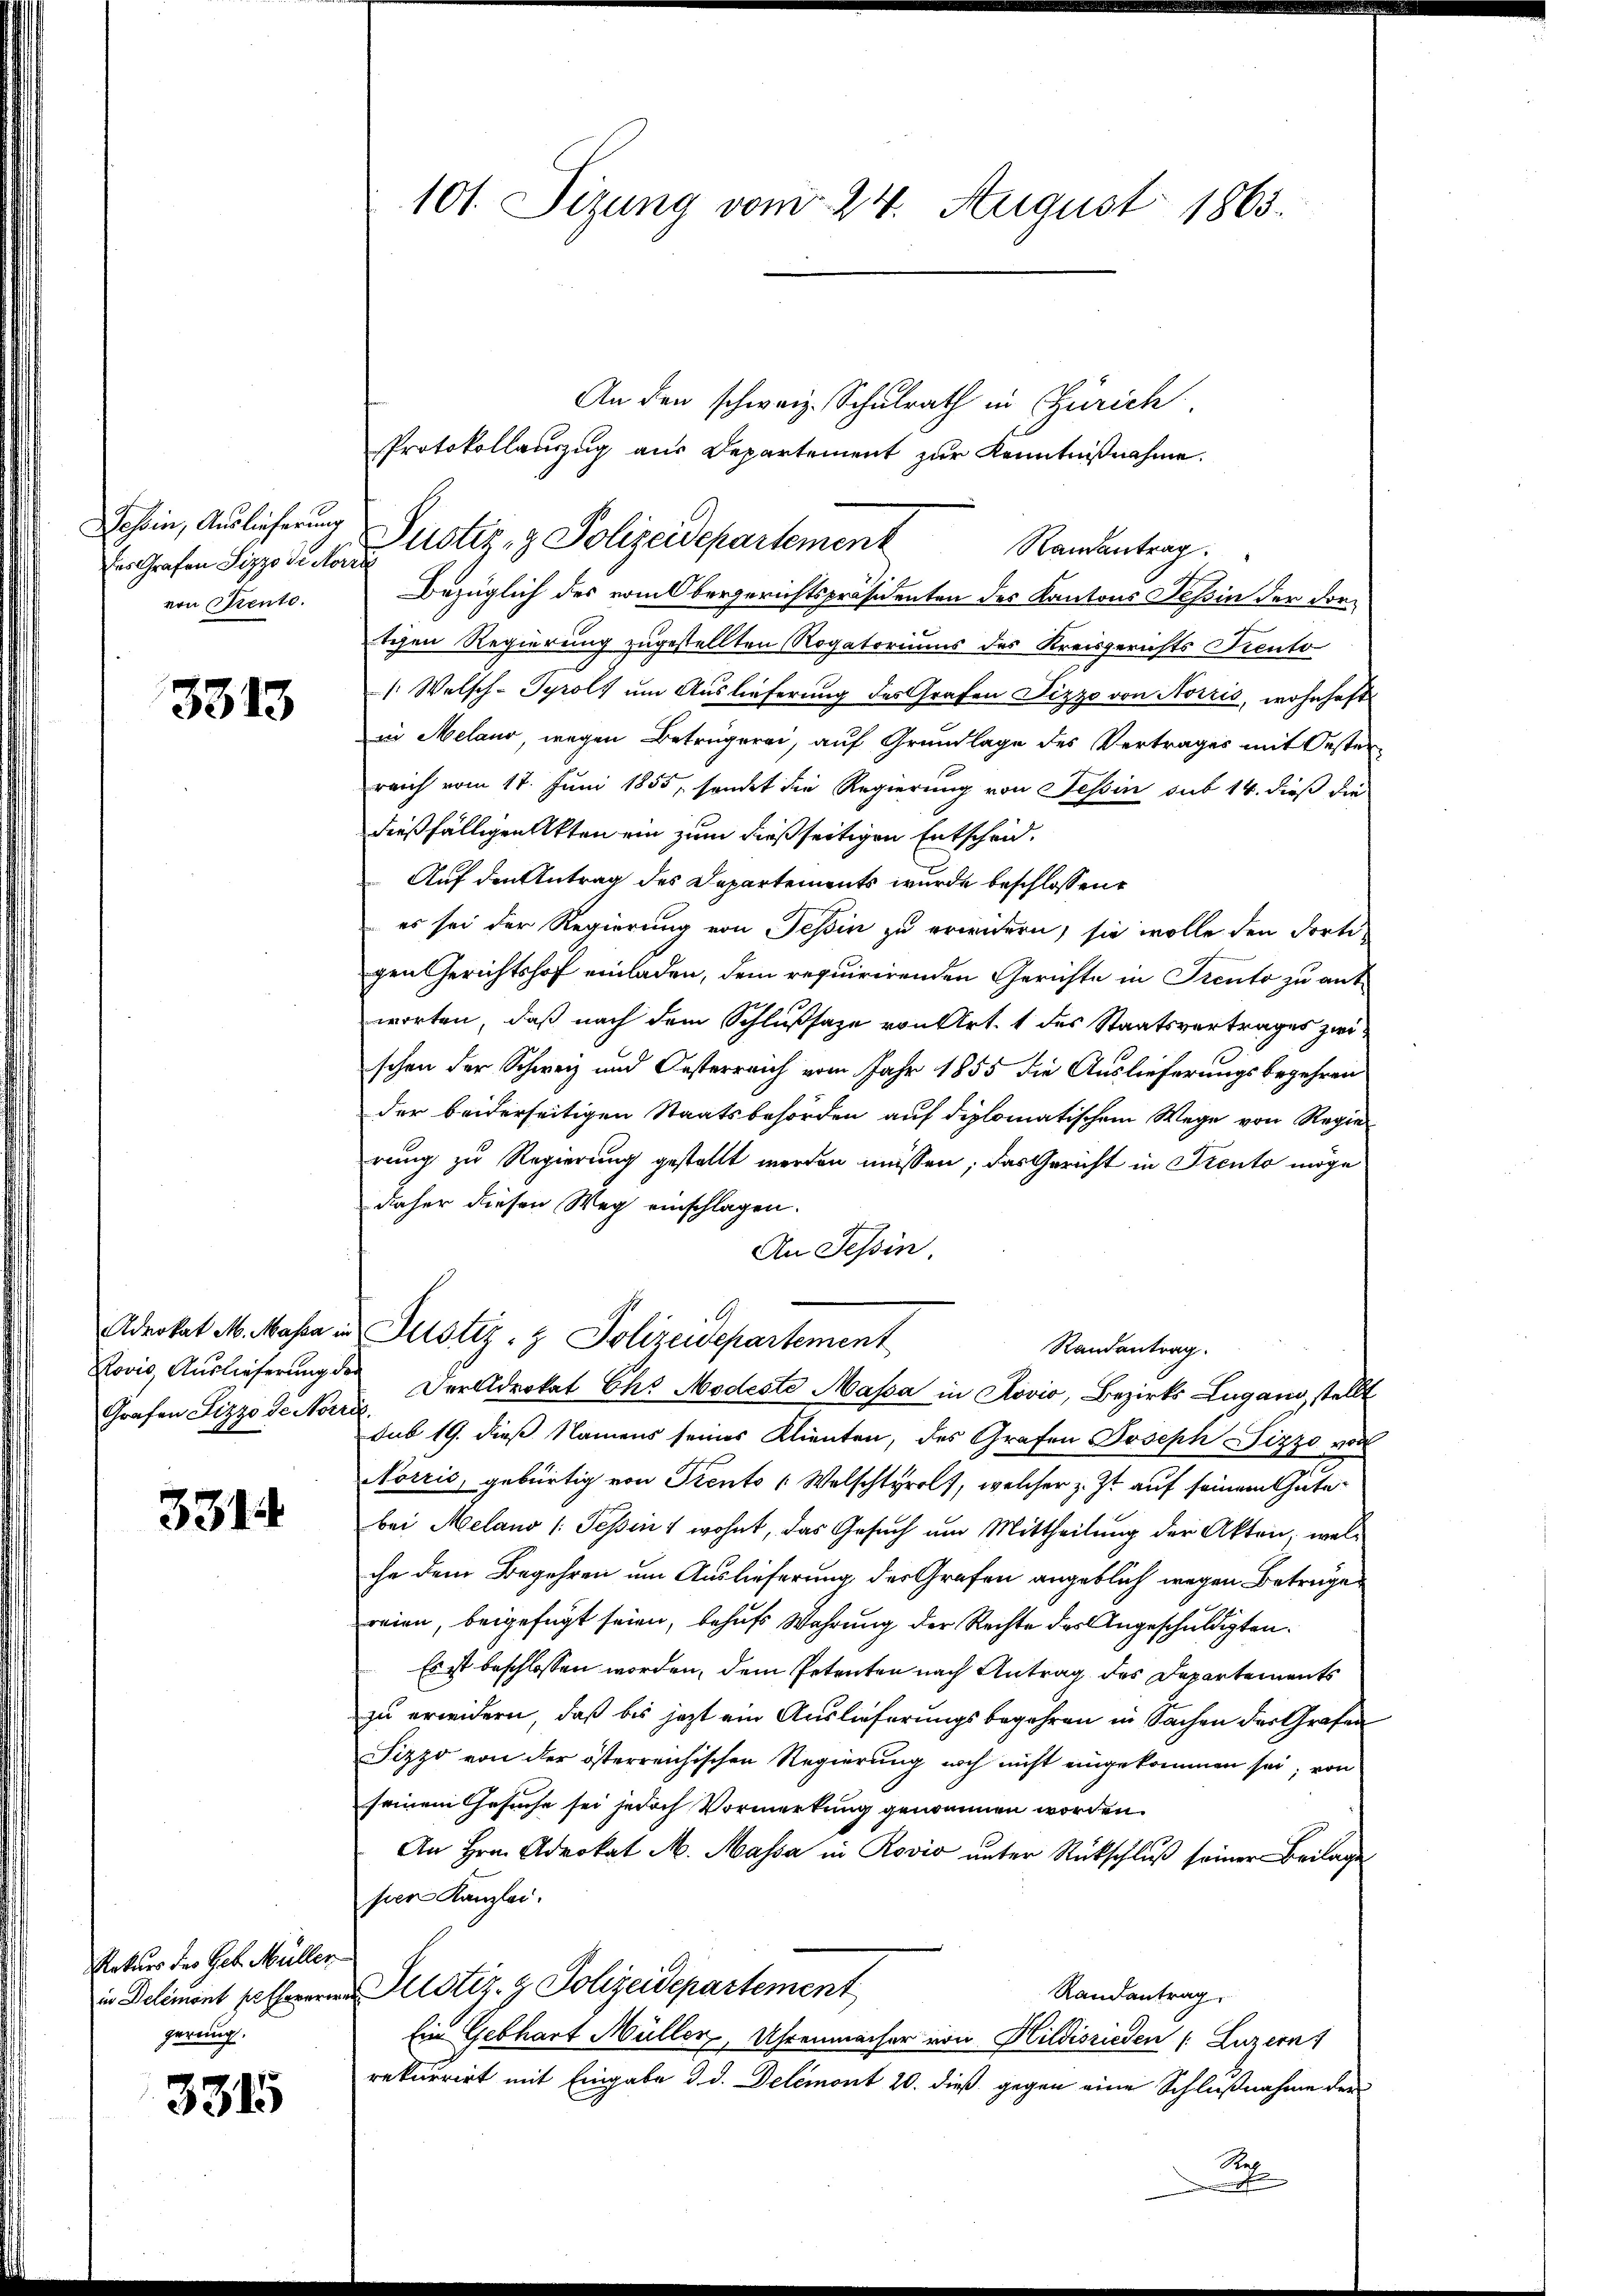
Tessin, Auslieferung
es Grafen Sizzo de Nori
von Mento.

3313

Grafen Pizzo de Nordl.

3314

Rekurs des Geb. Müller
herauch.

3315

101. Sizung vom 24. August 1863.

Justiz- & Polizeidepartement

An den schweiz. Schulrath in Zürich
Protokollanzug aus Departement zur Kenntnißnahme.
Randantrag.
Bezüglich des vom Obergerichtspräsidenten des Kantons Tessin der dortchen Regierung zugestellten Rogatoriums des Kreisgerichts Prento
/: Welsch-Tyrols um Auslieferung des Grafen Dizzo von Norris, wohnhaft
in Meland, wegen Betrügerei, auf Grundlage des Vertrages mit Oesterreich vom 17. Juni 1855, sondet die Regierung von Tessin sub 14. dieß die
dießfälligen Akten ein zum dießseitigen Entscheid.
Auf den Antrag des Departements wurde beschlossene
es sei der Regierung von Tessin zu erwidern, sie wolle den dortigen Gerichtshof einladen, dem requirirenden Gerichte in Prento zu ant
worten, daß nach dem Schlußsaze von Art. 1 des Staatsvertrages zwischen der Schweiz und Oesterreich vom Jahr 1855 die Auslieferungsbegehren
der beiderseitigen Staatsbehörden auf diplomatischem Wege von Regie
rung zu Regierung gestellt werden müssen; das Gericht in Prento möge
daher diesen Weg einschlagen.
An Tessin.
Advokat M. Masse in Justiz- & Polizeidepartement
Randantrag.
Rovis, Auslieferung der Der Advokat Ch. Modeste Massa in Rovio, Bezirks Lugano, stellt
sub 19. dieß Namens seines Klienten, des Grafen Joseph Pizzo von
Norris, gebürtig von Prento (Welschtyrol, welcher z. Zt. auf seinem Gute
bei Melano (: Tessin, wohnt, das Gesuch um Mittheilung der Akten, welche dem Begehren um Auslieferung der Grafen angeblich wegen Betruge
reien, beigefügt seien, behufs Wahrung der Rechte des Angeschuldigten.
Es ist beschlossen worden, dem Petenten nach Antrag des Departements
zu erweidern, daß bis jezt ein Auslieferungsbegehren in Sachen der Grafen
Pizzo von der österreichischen Regierung noch nicht eingekommen sei; von
seinem Gesuche sei jedoch Vormerkung genommen worden.
An Hrn. Advokat M. Massa in Rovio unter Rückschlŭβ seiner Beilage
per Kanzlei.
in Delemont potheneren Astiz- & Polizeidepartement
Randantrag.
Ein Gebhart Müller, Uhrenmacher von Hildisrieden (Luzern
rekurrirt mit Eingabe d. d. Delémont 20. dieß gegen eine Schlußnahme der
B